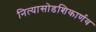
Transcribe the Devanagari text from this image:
नित्यासोडशिकार्णव